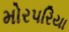
મોરપરિયા